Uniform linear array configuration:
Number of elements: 4
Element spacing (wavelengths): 0.5
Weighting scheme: exponential
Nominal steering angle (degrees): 0
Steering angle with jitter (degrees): -0.5853
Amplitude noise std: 0.05
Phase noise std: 0.05

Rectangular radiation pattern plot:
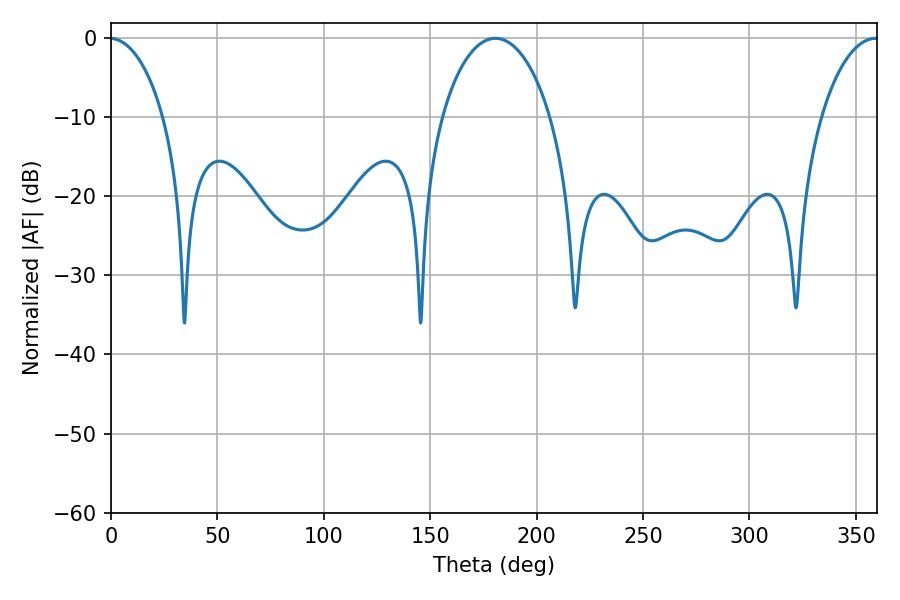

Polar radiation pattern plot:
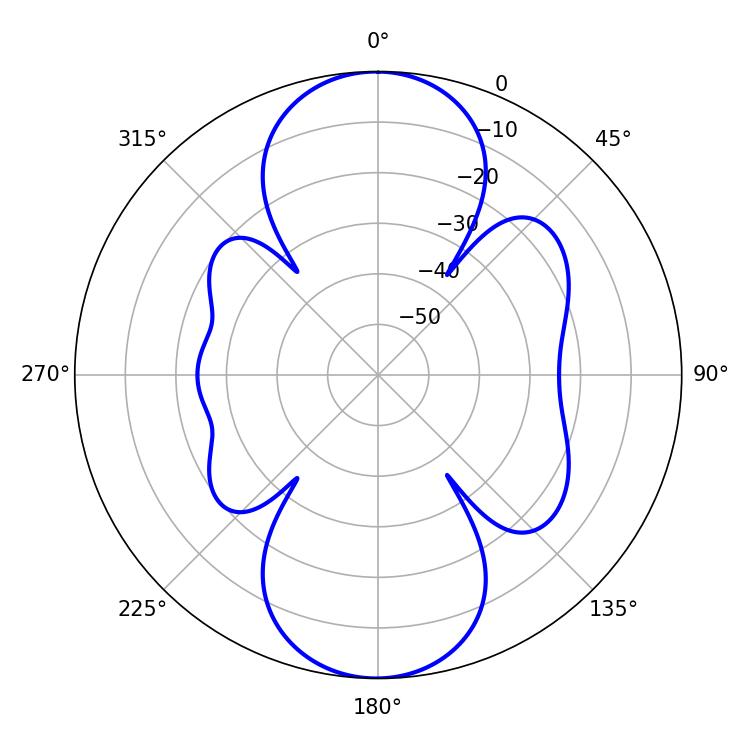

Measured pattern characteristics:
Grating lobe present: FALSE
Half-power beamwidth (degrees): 29.16
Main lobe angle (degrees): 180.54